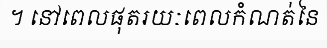
។ នៅពេលផុតរយៈពេលកំណត់នៃ